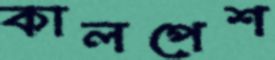
কালপেশ